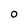
Character: O